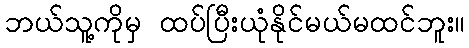
ဘယ်သူ့ကိုမှ ထပ်ပြီးယုံနိုင်မယ်မထင်ဘူး။